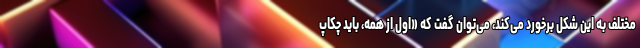
مختلف به این شکل برخورد می‌کند، می‌توان گفت که «اول از همه، باید چکاپ